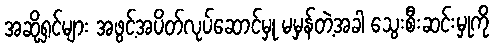
အဆို့ရှင်များ အဖွင့်အပိတ်လုပ်ဆောင်မှု မမှန်တဲ့အခါ သွေးစီးဆင်းမှုကို